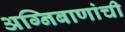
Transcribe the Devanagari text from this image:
अग्निबाणांची